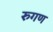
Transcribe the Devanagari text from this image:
रुगण